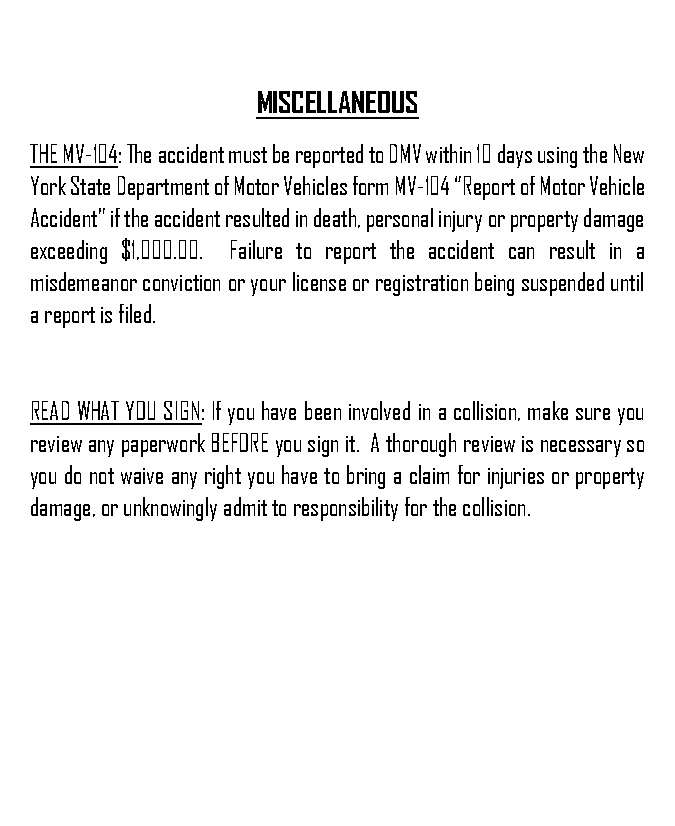
MISCELLANEOUS
 THE MV-104: The accident must be reported to DMV within 10 days using the New
 York State Department of Motor Vehicles form MV-104 “Report of Motor Vehicle
 Accident” if the accident resulted in death, personal injury or property damage
 exceeding $1,000.00. Failure to report the accident can result in a
 misdemeanor conviction or your license or registration being suspended until
 a report is filed.
 READ WHAT YOU SIGN: If you have been involved in a collision, make sure you
 review any paperwork BEFORE you sign it. A thorough review is necessary so
 you do not waive any right you have to bring a claim for injuries or property
 damage, or unknowingly admit to responsibility for the collision.